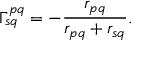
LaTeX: \Gamma _ { s q } ^ { p q } = - \frac { r _ { p q } } { r _ { p q } + r _ { s q } } .